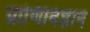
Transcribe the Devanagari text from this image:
प्राणिविज्ञान